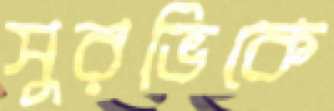
সুরভিকে